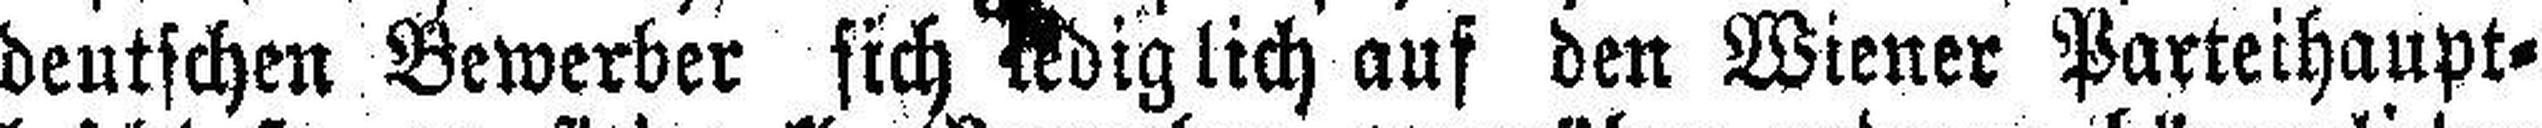
deutschen Bewerber sich lediglich auf den Wiener Parteihaupt¬